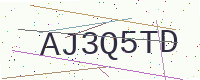
Text: AJ3Q5TD